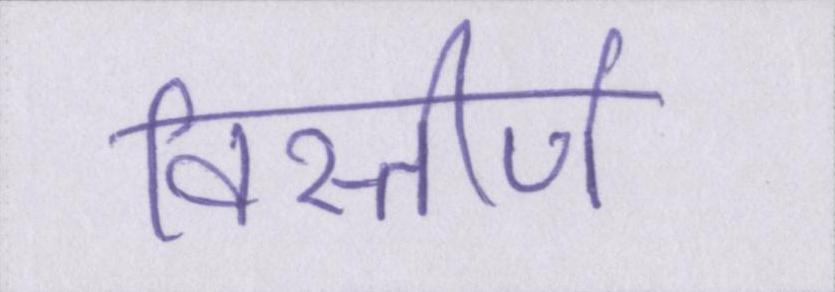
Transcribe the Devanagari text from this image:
विस्तीर्ण